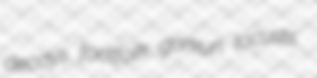
decays footfolk gorkun locusts